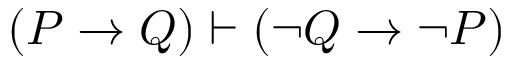
( P \to Q ) \vdash ( \neg Q \to \neg P )